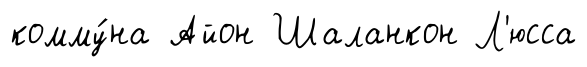
комму́на Айон Шаланкон Л'юсса